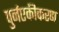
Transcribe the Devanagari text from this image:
पुर्नएकीकरण